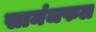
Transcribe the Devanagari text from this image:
सामंजफल